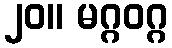
၂၀။ မဂ္ဂဝဂ္ဂ